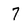
Character: 7